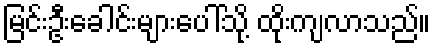
မြင်းဦးခေါင်းများပေါ်သို့ ထိုးကျလာသည်။